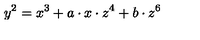
y ^ { 2 } = x ^ { 3 } + a \cdot x \cdot z ^ { 4 } + b \cdot z ^ { 6 }